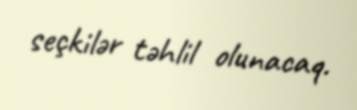
seçkilər təhlil olunacaq.